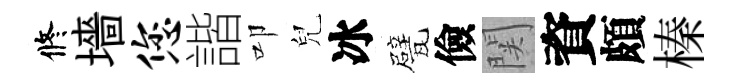
修墻您諧叩兒冰甓儉関資頗榛